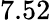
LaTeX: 7.52